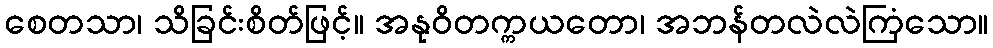
စေတသာ၊ သိခြင်းစိတ်ဖြင့်။ အနုဝိတက္ကယတော၊ အဘန်တလဲလဲကြံသော။